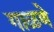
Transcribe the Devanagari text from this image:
गाळणे